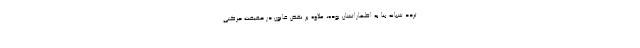
تردد شبانه بنا به اظهاراتشان بوده، علاوه بر نقض قانون در حقیقت حرکتی